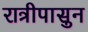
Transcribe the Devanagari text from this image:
रात्रीपासुन